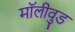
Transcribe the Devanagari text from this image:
मॉलीवुड